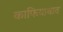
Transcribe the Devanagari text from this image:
काफियाबाद